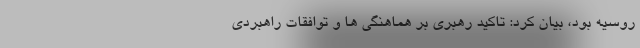
روسیه بود، بیان کرد: تاکید رهبری بر هماهنگی ها و توافقات راهبردی